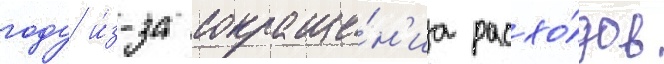
году и́з-за сокраще́н'иа расхо́дов